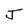
Character: J